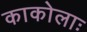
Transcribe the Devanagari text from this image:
काकोलाः